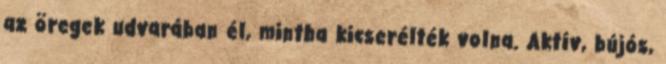
az öregek udvarában él, mintha kicserélték volna. Aktív, bújós,